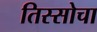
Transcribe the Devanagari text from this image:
तिस्सोचा